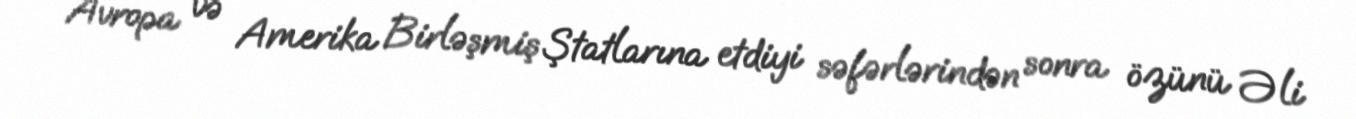
Avropa və Amerika Birləşmiş Ştatlarına etdiyi səfərlərindən sonra özünü Əli